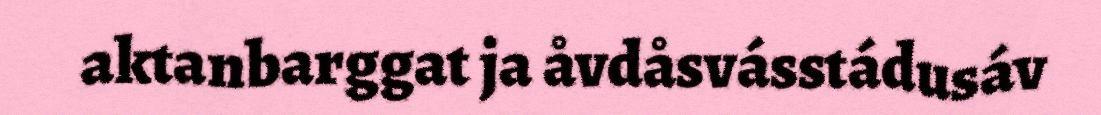
aktanbarggat ja åvdåsvásstádusáv